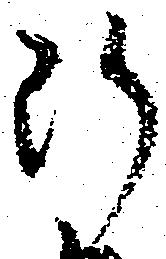
断